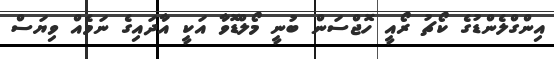
އިންގްލެންޑުގެ ކޯޗު ރޯއީ ހޮޖްސަން ބުނީ މޯލްޑޮވާ އަކީ އާދައިގެ ނަމެއް ވިޔަސް